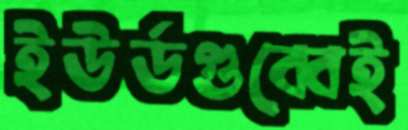
ইউর্ডগুব্বেই